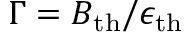
\Gamma = B _ { \mathrm { t h } } / \epsilon _ { \mathrm { t h } }